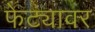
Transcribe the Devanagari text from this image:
फेट्यावर